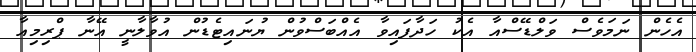
އެހެން ނަމަވެސް ވަލްޑޭސްއާ އެކު ހަދާފައިވާ އެއްބަސްވުން ޔުނައިޓެޑުން އުވާލާނީ އޭނާ ޕްރިމިއާ